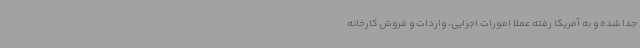
جدا شده و به آمریکا رفته عملاً امورات اجرایی، واردات و فروش کارخانه